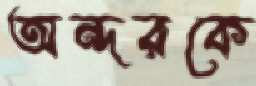
অন্দরকে